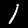
Label: 1